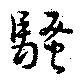
騒